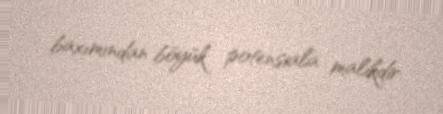
baxımından böyük potensiala malikdir.